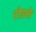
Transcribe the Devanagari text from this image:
रोडसे